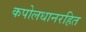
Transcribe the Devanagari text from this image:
कपोलधानरहित